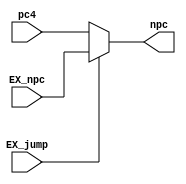
`timescale 1ns / 1ps
//////////////////////////////////////////////////////////////////////////////////
// Company: 
// Engineer: 
// 
// Design Name: 
// Module Name: npc_mux
// Project Name: 
// Target Devices: 
// Tool Versions: 
// Description: 
// 
// Dependencies: 
// 
// Revision:
// Revision 0.01 - File Created
// Additional Comments:
// 
//////////////////////////////////////////////////////////////////////////////////


module npc_mux(
    input wire [31:0] EX_npc,
    input wire EX_jump,
    input wire [31:0] pc4,

    output wire [31:0] npc
    );

    assign npc = (! EX_jump) ? pc4 : EX_npc;

endmodule